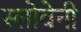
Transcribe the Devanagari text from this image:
स्लोवेनी